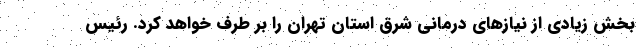
بخش زیادی از نیازهای درمانی شرق استان تهران را بر طرف خواهد کرد. رئیس